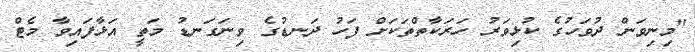
"މިނިވަން ދުވަހުގެ ކުޅިވަރު ހަރަކާތްތަކަށް ފަހު ދަނޑުގެ ވިނަގަނޑު މަތީ އަޅާފައިވާ މެޓް